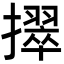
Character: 𫾒